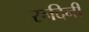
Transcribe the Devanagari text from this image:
रूदिनी